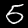
Label: 5